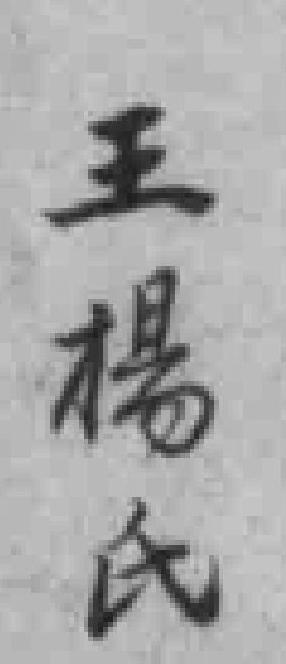
王楊氏